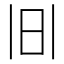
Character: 𱡹